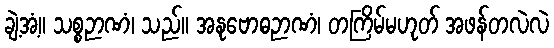
ချဲ့အံ့။ သစ္စဉာဏံ၊ သည်။ အနုဗောဓဉာဏံ၊ တကြိမ်မဟုတ် အဖန်တလဲလဲ